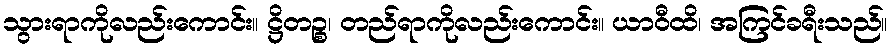
သွားရာကိုလည်းကောင်း။ ဋ္ဌိတဉ္စ၊ တည်ရာကိုလည်းကောင်း။ ယာဝီထိ၊ အကြင်ခရီးသည်။